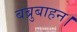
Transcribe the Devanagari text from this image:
बब्रुबाहन।